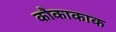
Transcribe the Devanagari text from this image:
कौकाकाक